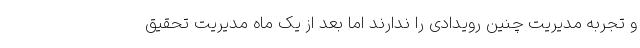
و تجربه مدیریت چنین رویدادی را ندارند اما بعد از یک ماه مدیریت تحقیق